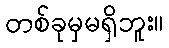
တစ်ခုမှမရှိဘူး။